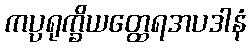
ကပ္ပရုက္ခိယတ္ထေရအပဒါနံ